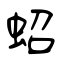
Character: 蛁